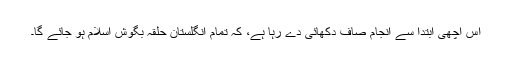
اس اچھی ابتدا سے انجام صاف دکھائی دے رہا ہے، کہ تمام انگلستان حلقہ بگوش اسلام ہو جائے گا۔